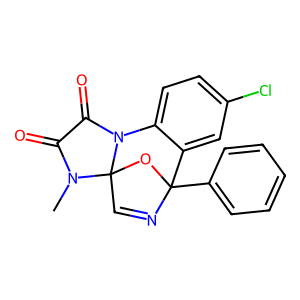
SMILES: CN1C(=O)C(=O)N2c3ccc(Cl)cc3C3(c4ccccc4)N=CC12O3
Inhibits HIV replication: No